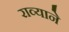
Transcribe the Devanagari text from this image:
राव्याने